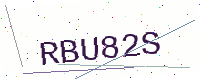
Text: RBU82S